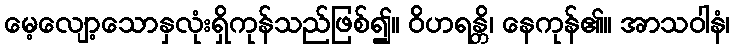
မေ့လျော့သောနှလုံးရှိကုန်သည်ဖြစ်၍။ ဝိဟရန္တိ၊ နေကုန်၏။ အာသဝါနံ၊